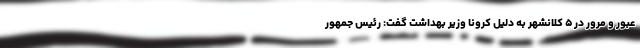
عبور و مرور در ۵ کلانشهر به دلیل کرونا وزیر بهداشت گفت: رئیس جمهور